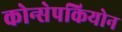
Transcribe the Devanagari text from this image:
कोन्सेपकियोन